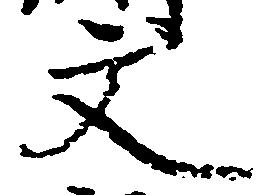
文